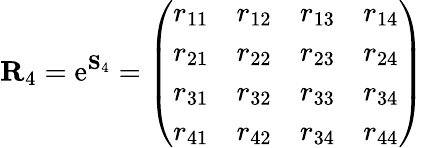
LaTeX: \mathbf{R}_{4}=\mathrm{e}^{\mathbf{S}_{4}}=\left(\begin{array}{llll}{r_{11}}&{r_{12}}&{r_{13}}&{r_{14}}\\ {r_{21}}&{r_{22}}&{r_{23}}&{r_{24}}\\ {r_{31}}&{r_{32}}&{r_{33}}&{r_{34}}\\ {r_{41}}&{r_{42}}&{r_{34}}&{r_{44}}\end{array}\right)